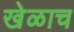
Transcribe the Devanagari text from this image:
खेळाच